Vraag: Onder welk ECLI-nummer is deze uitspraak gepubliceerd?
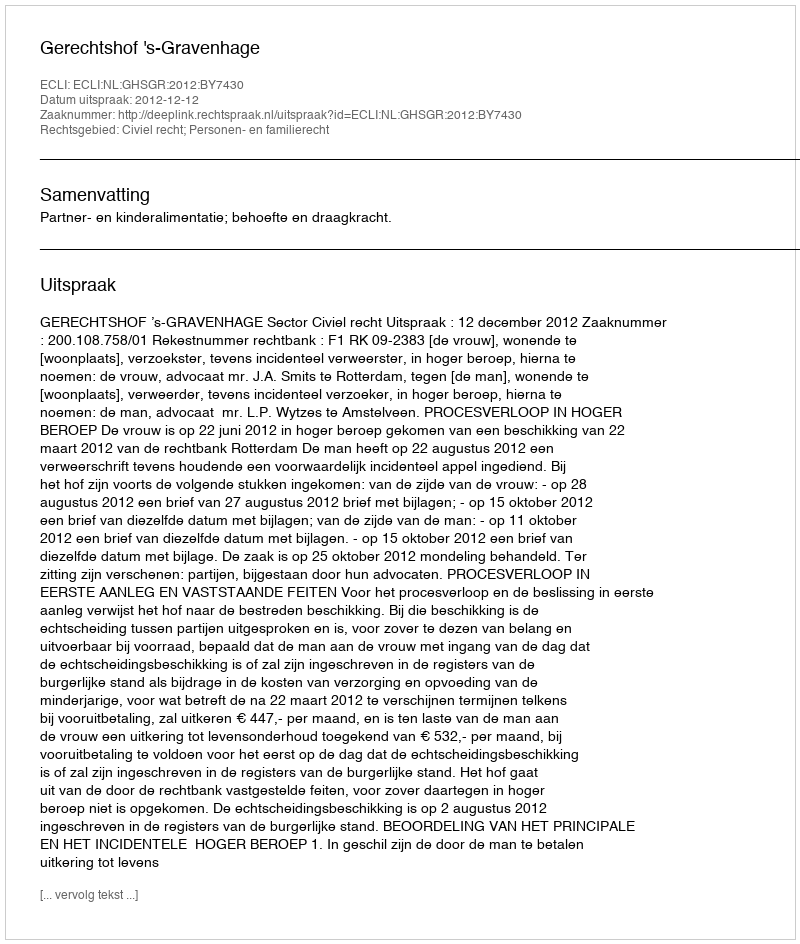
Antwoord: ECLI:NL:GHSGR:2012:BY7430